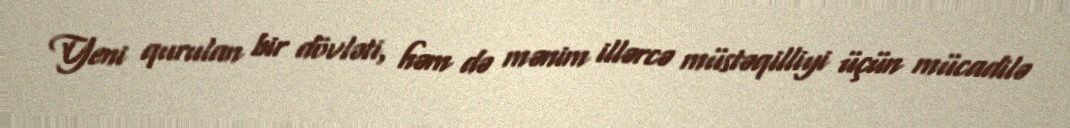
Yeni qurulan bir dövləti, həm də mənim illərcə müstəqilliyi üçün mücadilə